Vaccine operations Central Provinces 1868-1885 - 1868-1885
Year: 1868
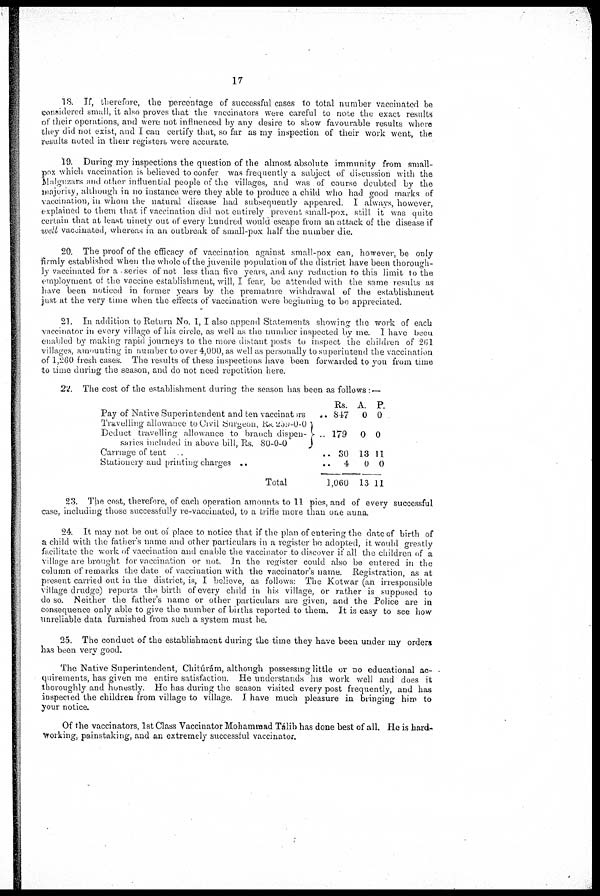
17
18. If, therefore, the percentage of successful cases to total number vaccinated be
considered small, it also proves that the vaccinators were careful to note the exact results
of their operations, and were not influenced by any desire to show favourable results where
they did not exist, and I can certify that, so far as my inspection of their work went, the
results noted in their registers were accurate.
19. During my inspections the question of the almost absolute immunity from small-
pox which vaccination is believed to confer was frequently a subject of discussion with the
Malguzars and other influential people of the villages, and was of course doubted by the
majority, although in no instance were they able to produce a child who had good marks of
vaccination, in whom the natural disease had subsequently appeared. I always however,
explained to them that if vaccination did not entirely prevent small-pox, still it was quite
certain that at least ninety out of every hundred would escape from an attack of the disease if
well vaccinated, whereas in an outbreak of small-pox half the number die.
20. The proof of the efficacy of vaccination against small-pox can, however, be only
firmly established when the whole of the juvenile population of the district have been thorough-
ly vaccinated for a series of not less than five years, and any reduction to this limit to the
employment of the vaccine establishment, will, I fear, be attended with the same results as
have been noticed in former years by the premature withdrawal of the establishment
just at the very time when the effects of vaccination were beginning to be appreciated.
21. In addition to Return No 1, I also append Statements showing the work of each
vaccinator in every village of his circle, as well as the number inspected by me. I have been
enabled by making rapid journeys to the more distant posts to inspect the children of 261
villages, amounting in number to over 4,000, as well as personally to superintend the vaccination
of 1,260 fresh cases. The results of these inspections have been forwarded to you from time
to time during the season, and do not need repetition here.
22. The cost of the establishment during the season has been as follows :—
Pay of Native Superintendent and ten vaccinators ..
Travelling allowance to Civil Surgeon, Rs.239-0-0
Deduct travelling allowance to branch dispen-
sanes included in above bill, Rs. 80-0-0
Carrage of tent ..
Stationery and printing charges .. ..
Total ..
Rs.
847
179
30
4
1,060
A.
0
0
13
0
13
P.
0
0
11
0
11
23. The cost, therefore, of each operation amounts to 11 pies, and of every successful
case, including those successfully re-vaccinated, to a trifle more than one anna.
24. It may not be out of place to notice that if the plan of entering the date of birth of
a child with the father's name and other particulars in a register be adopted, it would greatly
facihtate the work of vaccination and enable the vaccinator to discover if all the children of a
village are brought for vaccination or not. In the register could also be entered in the
column of remarks the date of vaccination with the vaccinator's name. Registration, as at
present carried out in the district, is, I believe, as follows: The Kotwar (an irresponsible
village drudge) reports the birth of every child in his village, or rather is supposed to
do so. Neither the father's name or other particulars are given, and the Police are in
consequence only able to give the number of births reported to them. It is easy to see how
unreliable data furnished from such a system must be.
25 The conduct of the establishment during the time they have been under my orders
has been very good.
The Native Superintendent, Chitúrám, although possessing little or no educational ac-
quirements, has given me entire satisfaction. He understands his work well and does it
thoroughly and honestly. He has during the season visited every post frequently, and has
inspected the children from village to village. I have much pleasure in bringing him to
your notice.
Of the vaccinators, 1st Class Vaccinator Mohammad Tálib has done best of all. He is hard-
working, painstaking, and an extremely successful vaccinator.